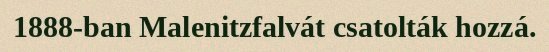
1888-ban Malenitzfalvát csatolták hozzá.